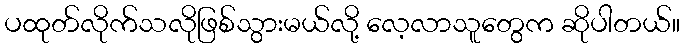
ပထုတ်လိုက်သလိုဖြစ်သွားမယ်လို့ လေ့လာသူတွေက ဆိုပါတယ်။